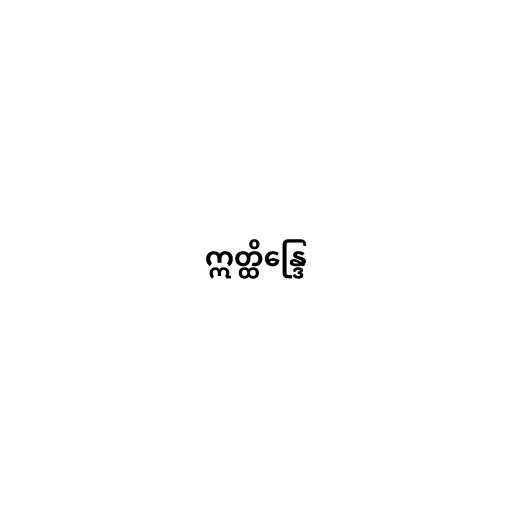
ဣတ္ထိန္ဒြေ